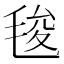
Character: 𭯚